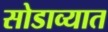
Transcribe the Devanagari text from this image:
सोडाव्यात